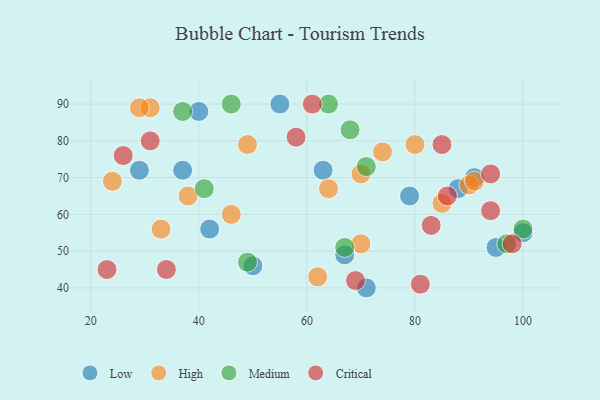
{"axis": {"x": "GDP", "y": "Life Expectancy"}, "legend": ["Critical", "High", "Low", "Medium"], "data": [{"x": "79", "y": 65, "type": "Low"}, {"x": "29", "y": 72, "type": "Low"}, {"x": "55", "y": 90, "type": "Low"}, {"x": "88", "y": 67, "type": "Low"}, {"x": "91", "y": 70, "type": "Low"}, {"x": "100", "y": 55, "type": "Low"}, {"x": "50", "y": 46, "type": "Low"}, {"x": "67", "y": 49, "type": "Low"}, {"x": "37", "y": 72, "type": "Low"}, {"x": "40", "y": 88, "type": "Low"}, {"x": "63", "y": 72, "type": "Low"}, {"x": "95", "y": 51, "type": "Low"}, {"x": "71", "y": 40, "type": "Low"}, {"x": "42", "y": 56, "type": "Low"}, {"x": "90", "y": 68, "type": "High"}, {"x": "91", "y": 69, "type": "High"}, {"x": "85", "y": 63, "type": "High"}, {"x": "62", "y": 43, "type": "High"}, {"x": "24", "y": 69, "type": "High"}, {"x": "49", "y": 79, "type": "High"}, {"x": "64", "y": 67, "type": "High"}, {"x": "31", "y": 89, "type": "High"}, {"x": "70", "y": 71, "type": "High"}, {"x": "33", "y": 56, "type": "High"}, {"x": "74", "y": 77, "type": "High"}, {"x": "70", "y": 52, "type": "High"}, {"x": "46", "y": 60, "type": "High"}, {"x": "80", "y": 79, "type": "High"}, {"x": "38", "y": 65, "type": "High"}, {"x": "29", "y": 89, "type": "High"}, {"x": "41", "y": 67, "type": "Medium"}, {"x": "68", "y": 83, "type": "Medium"}, {"x": "49", "y": 47, "type": "Medium"}, {"x": "71", "y": 73, "type": "Medium"}, {"x": "64", "y": 90, "type": "Medium"}, {"x": "97", "y": 52, "type": "Medium"}, {"x": "46", "y": 90, "type": "Medium"}, {"x": "100", "y": 56, "type": "Medium"}, {"x": "67", "y": 51, "type": "Medium"}, {"x": "37", "y": 88, "type": "Medium"}, {"x": "31", "y": 80, "type": "Critical"}, {"x": "26", "y": 76, "type": "Critical"}, {"x": "58", "y": 81, "type": "Critical"}, {"x": "69", "y": 42, "type": "Critical"}, {"x": "85", "y": 79, "type": "Critical"}, {"x": "34", "y": 45, "type": "Critical"}, {"x": "83", "y": 57, "type": "Critical"}, {"x": "98", "y": 52, "type": "Critical"}, {"x": "81", "y": 41, "type": "Critical"}, {"x": "86", "y": 65, "type": "Critical"}, {"x": "94", "y": 71, "type": "Critical"}, {"x": "61", "y": 90, "type": "Critical"}, {"x": "23", "y": 45, "type": "Critical"}, {"x": "94", "y": 61, "type": "Critical"}]}